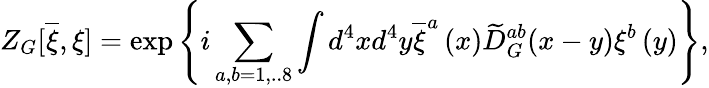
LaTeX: Z_{G}[\overline{{{\xi}}},\xi]=\exp\left\{ i\sum_{a,b=1,..8}\int d^{4}xd^{4}y\overline{{{\xi}}}^{a}\left(x\right)\widetilde{D}_{G}^{ab}(x-y)\xi^{b}\left(y\right)\right\} ,